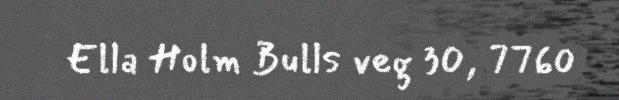
Ella Holm Bulls veg 30, 7760